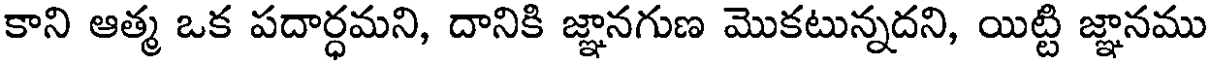
కాని ఆత్మ ఒక పదార్ధమని, దానికి జ్ఞానగుణ మొకటున్నదని, యిట్టి జ్ఞానము